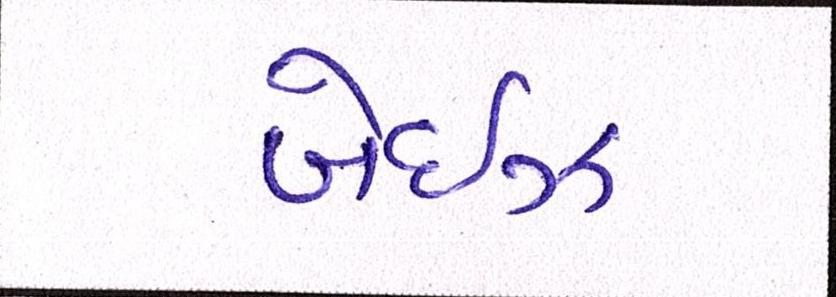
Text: બેઈઝ